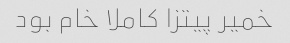
خمیر پیتزا کاملا خام بود